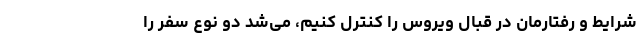
شرایط و رفتارمان در قبال ویروس را کنترل کنیم، می‌شد دو نوع سفر را